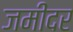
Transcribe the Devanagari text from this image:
जमींदर